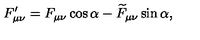
F _ { \mu \nu } ^ { \prime } = F _ { \mu \nu } \cos \alpha - \widetilde { F } _ { \mu \nu } \sin \alpha ,